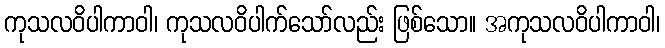
ကုသလဝိပါကာဝါ၊ ကုသလဝိပါက်သော်လည်း ဖြစ်သော။ အကုသလဝိပါကာဝါ၊